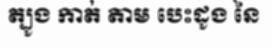
ត្បូង កាត់ តាម បេះដូង នៃ